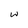
Character: w